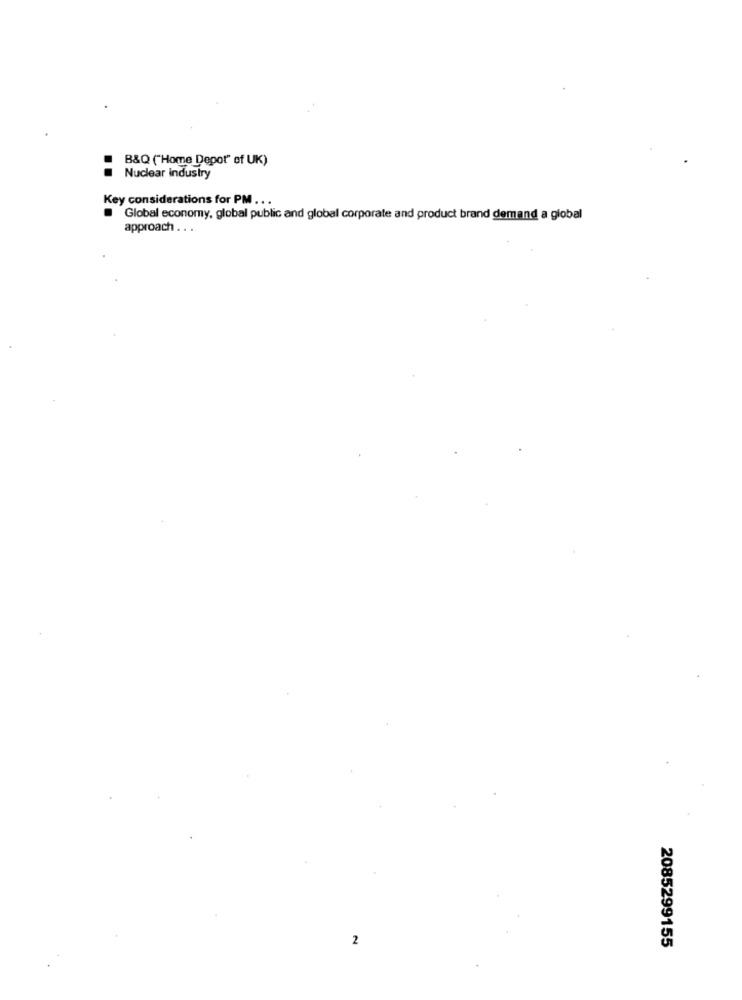
B&Q ("Home Depot" of UK)
Nuclear Industry
Key considerations for PM . ..
Global economy, global public and global corporate and product brand demand a global
approach .. .
2
2085299155